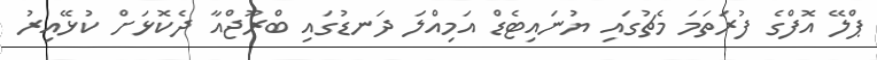
ޕްލޭ އޮފްގެ ފުރަތަމަ މެޗުގައި ޔުނައިޓެޑް އަމިއްލަ ދަނޑުގައި ބްރޫޖްއާ ދެކޮޅަށް ކުޅޭއިރު